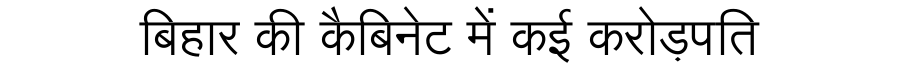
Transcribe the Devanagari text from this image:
बिहार की कैबिनेट में कई करोड़पति